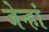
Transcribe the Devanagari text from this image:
जेन्हां